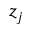
z _ { j }